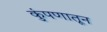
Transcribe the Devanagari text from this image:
कुंपणातून